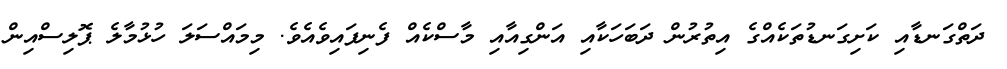
ދަތްގަނޑާއި ކަށިގަނޑުތަކެއްގެ އިތުރުން ދަބަހަކާއި އަންގިއާއި މާސްކެއް ފެނިފައިވެއެވެ. މިމައްސަލަ ހުޅުމާލެ ޕޮލިސްއިން